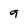
Character: 9